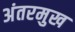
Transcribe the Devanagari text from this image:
अंतरमुख